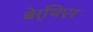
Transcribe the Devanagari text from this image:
बेर्थिएर